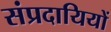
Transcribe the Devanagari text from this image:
संप्रदायियों